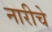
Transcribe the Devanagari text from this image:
नारीचे